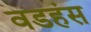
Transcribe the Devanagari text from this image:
वडहंस